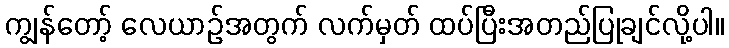
ကျွန်တော့် လေယာဉ်အတွက် လက်မှတ် ထပ်ပြီးအတည်ပြုချင်လို့ပါ။